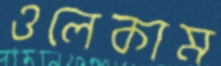
ওলেকাম